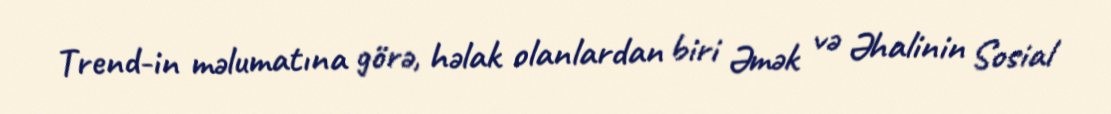
Trend-in məlumatına görə, həlak olanlardan biri Əmək və Əhalinin Sosial